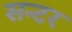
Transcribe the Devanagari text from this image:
सन्टर